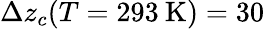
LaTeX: \Delta z_{c}(T=293\: \mathrm{K})=30